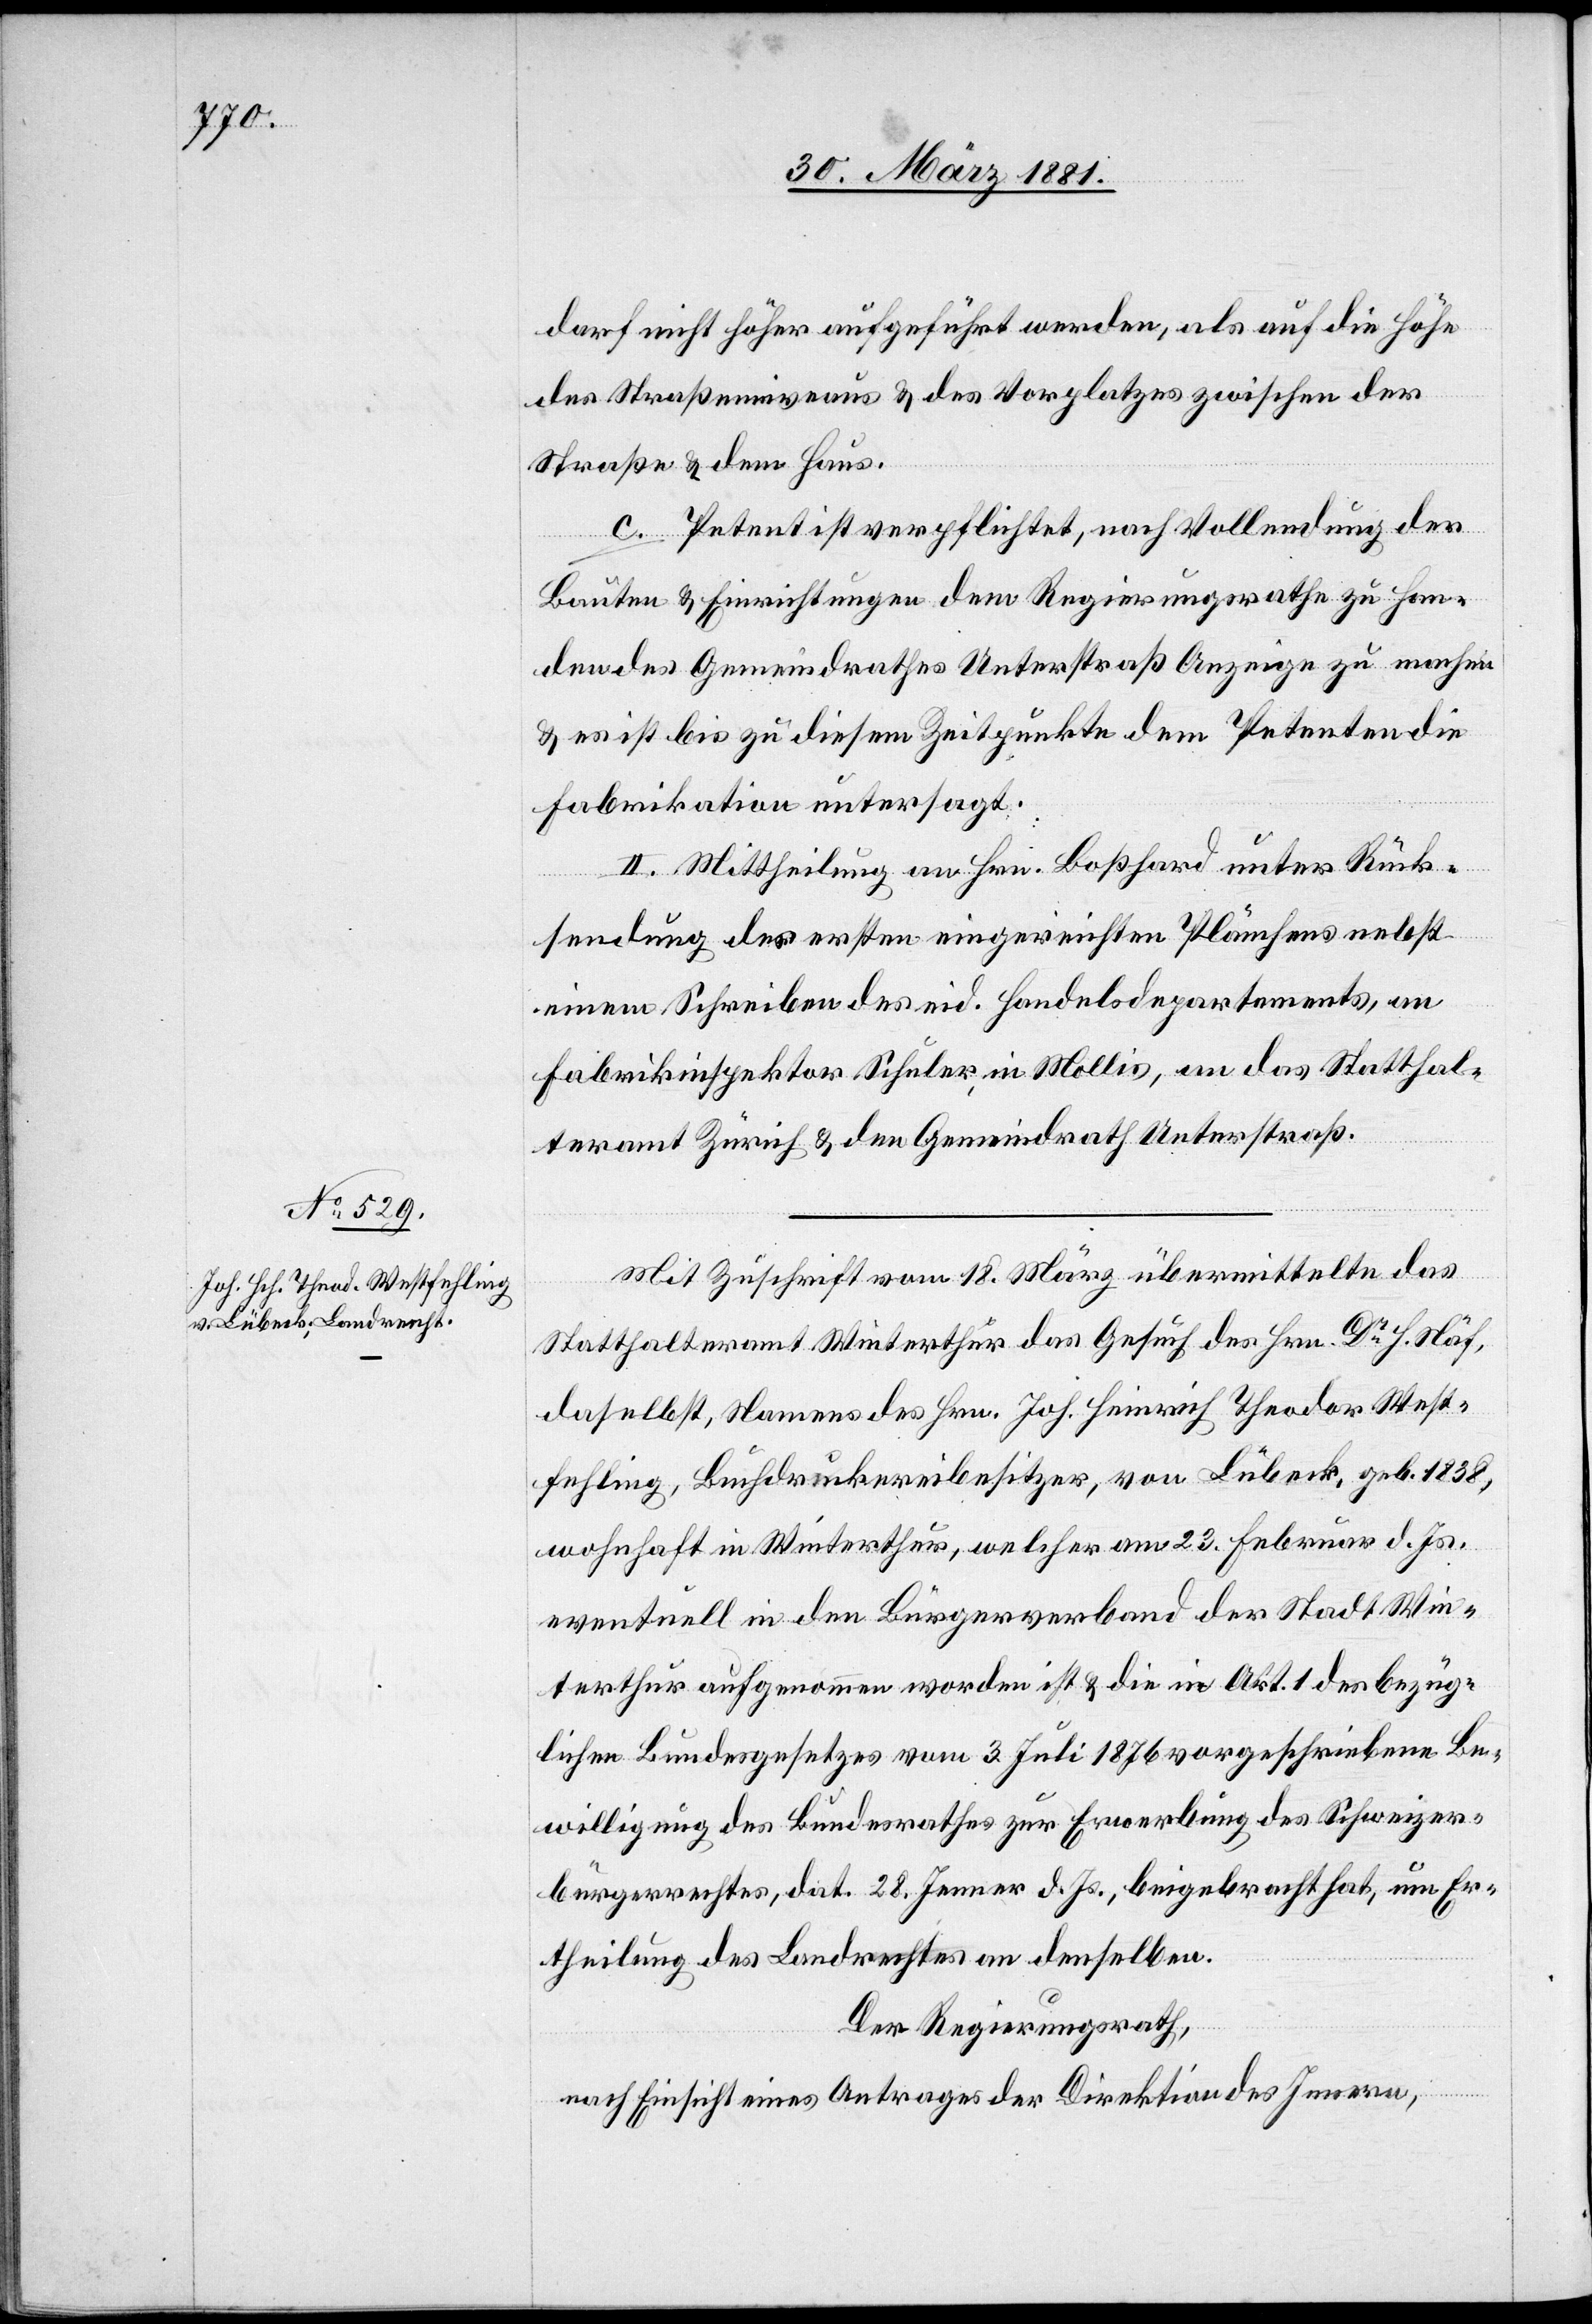
darf nicht höher aufgeführt werden, als auf die Höhe
des Straßenniveaus & des Vorplatzes zwischen der
Straße & dem Haus.
c. Petent ist verpflichtet, nach Vollendung der
Bauten & Einrichtungen dem Regierungsrathe zu Han¬
den des Gemeindrathes Unterstraß Anzeige zu machen
& es ist bis zu diesem Zeitpunkte dem Petenten die
Fabrikation untersagt.
II. Mittheilung an Hrn. Boßhard unter Rück¬
sendung des ersten eingereichten Plänchens nebst
einem Schreiben des eid. Handelsdepartments, an
Fabrikinspektor Schuler, in Mollis, an das Statthal¬
teramt Zürich & den Gemeindrath Unterstraß.
Mit Zuschrift vom 18. März übermittelte das
Statthalteramt Winterthur das Gesuch des Hrn. Dr H. Näf
daselbst, Namens des Hrn. Joh. Heinrich Theodor West¬
fehling, Buchdruckereibesitzer, von Lübeck, geb. 1838,
wohnhaft in Winterthur, welcher am 23. Februar d. Js.
eventuell in den Bürgerverband der Stadt Win¬
terthur aufgenommen worden ist & die in Art. 1 des bezüg¬
lichen Bundesgesetzes vom 3. Juli 1876 vorgeschriebene Be¬
willigung des Bundesrathes zur Erwerbung des Schweizer¬
bürgerrechtes, dat. 28. Jenner d. Js., beigebracht hat, um Er¬
theilung des Landrechtes an denselben.
Der Regierungsrath,
nach Einsicht eines Antrages der Direktion des Innern,